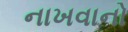
નાખવાનો